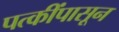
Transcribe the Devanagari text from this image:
पत्कींपासून